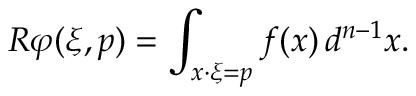
R \varphi ( \xi , p ) = \int _ { x \cdot \xi = p } f ( x ) \, d ^ { n - 1 } x .